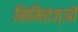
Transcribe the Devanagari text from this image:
निमितज्ञों